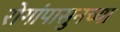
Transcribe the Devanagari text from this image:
रोगांपासुनच्या